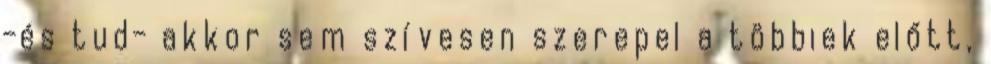
-és tud- akkor sem szívesen szerepel a többiek előtt,